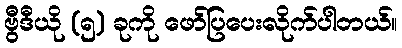
ဗွီဒီယို (၅) ခုကို ဖော်ပြပေးလိုက်ပါတယ်။